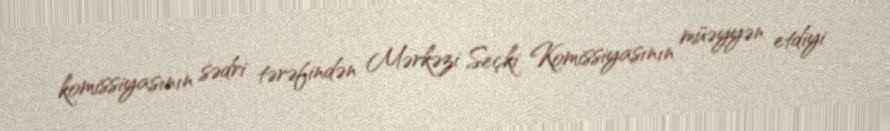
komissiyasının sədri tərəfindən Mərkəzi Seçki Komissiyasının müəyyən etdiyi